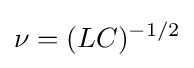
\nu =(LC)^{-1/2}